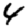
Digit: 4